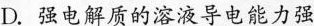
D.强电解质的溶液导电能力强